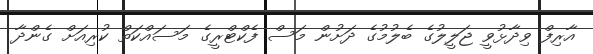
އާރިފް ވިދާޅުވީ ޖަލީލުގެ ބެލުމުގެ ދަށުން މަސް ފެކްޓްރީގެ މަސައްކަތް ކުރިއަށް ގެންދާ